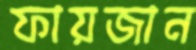
ফায়জান